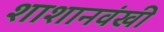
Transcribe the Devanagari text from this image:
शाशानवंखी